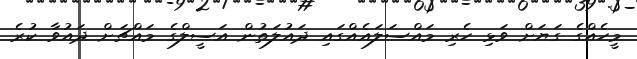
މީހެއްގެ ގަޔަށް ވަޅި ހެރި މައްސަލައެއްގައި ދައުލަތުން އަސީލްގެ މައްޗަށް ދައުވާ ކުރެ